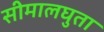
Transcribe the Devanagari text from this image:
सीमालघुता